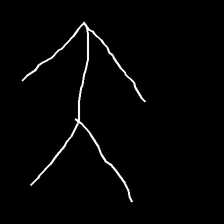
Glyph: gather